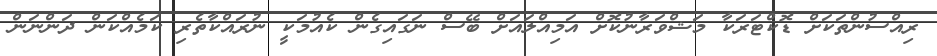
ރިއްސުންތަކަށް ޑޮކްޓަރަކާ މަޝްވަރާނުކޮށް އަމިއްލައަށް ބޭސް ނަގައިގެން ކެއުމަކީ ނުރައްކާތެރި ކަމެއްކަން ދަންނަން